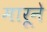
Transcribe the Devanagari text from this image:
मारूने